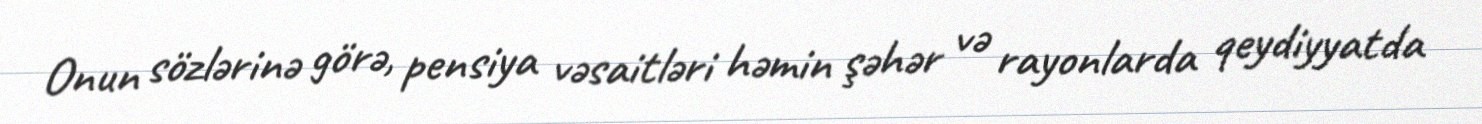
Onun sözlərinə görə, pensiya vəsaitləri həmin şəhər və rayonlarda qeydiyyatda